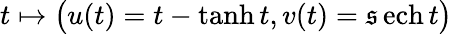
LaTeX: t\mapsto{\big(}u(t)=t-\operatorname{tanh}t,v(t)=\operatorname{\mathfrak{s}ech}t{\big)}